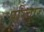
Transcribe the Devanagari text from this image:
परिवार